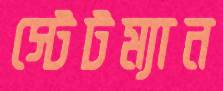
স্টেটম্যান